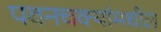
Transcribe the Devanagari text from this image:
पवनचक्यांमधील